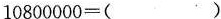
$$1 0 8 0 0 0 0 0 = ( )$$